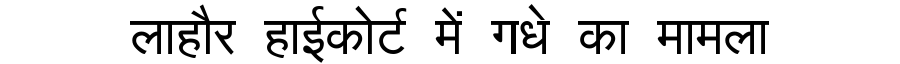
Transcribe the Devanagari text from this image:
लाहौर हाईकोर्ट में गधे का मामला